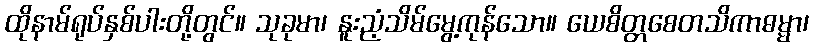
ထိုနာမ်ရုပ်နှစ်ပါးတို့တွင်။ သုခုမာ၊ နူးညံ့သိမ်မွေ့ကုန်သော။ ယေစိတ္တစေတသိကာဓမ္မာ၊